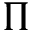
\Pi